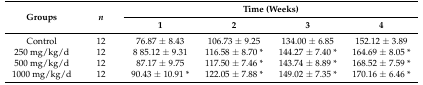
<table><thead><tr><td rowspan="2"><b>Groups</b></td><td rowspan="2"><b><i>n</i></b></td><td colspan="4"><b>Time (Weeks)</b></td></tr><tr><td><b>1</b></td><td><b>2</b></td><td><b>3</b></td><td><b>4</b></td></tr></thead><tbody><tr><td>Control</td><td>12</td><td>76.87 ± 8.43</td><td>106.73 ± 9.25</td><td>134.00 ± 6.85</td><td>152.12 ± 3.89</td></tr><tr><td>250 mg/kg/d</td><td>12</td><td>8 85.12 ± 9.31</td><td>116.58 ± 8.70 *</td><td>144.27 ± 7.40 *</td><td>164.69 ± 8.05 *</td></tr><tr><td>500 mg/kg/d</td><td>12</td><td>87.17 ± 9.75</td><td>117.50 ± 7.46 *</td><td>143.74 ± 8.89 *</td><td>168.52 ± 7.59 *</td></tr><tr><td>1000 mg/kg/d</td><td>12</td><td>90.43 ± 10.91 *</td><td>122.05 ± 7.88 *</td><td>149.02 ± 7.35 *</td><td>170.16 ± 6.46 *</td></tr></tbody></table>